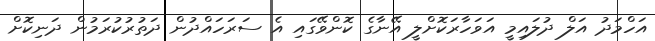
އަހްމަދު އަލް ދުލައިމީ އަވަހާރަކޮށްލީ އޭނާގެ ކޮންވޭގައި އެ ސަރަހައްދުން ދަތުރުކުރަމުން ދަނިކޮށް